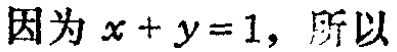
因为 \(x + y = 1\)，所以